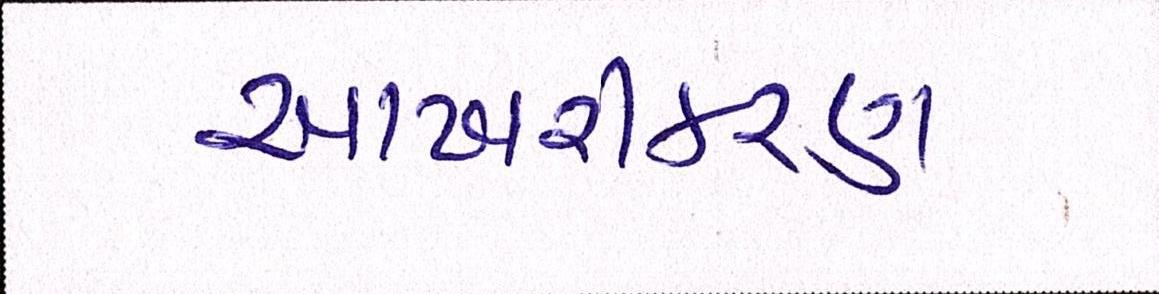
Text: આખરીકરણ